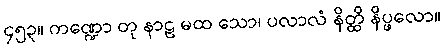
၄၅၃။ ကဏ္ဍော တု နာဠ မထ သော၊ ပလာလံ နိတ္ထိ နိပ္ဖလော။